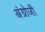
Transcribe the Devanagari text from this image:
अंग्रोजी